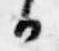
日